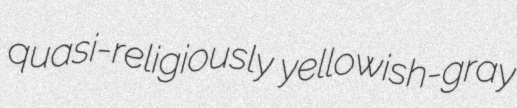
quasi-religiously yellowish-gray